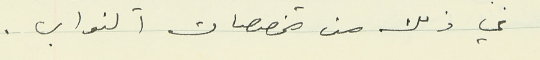
في ذلك من مخصصات النواب .